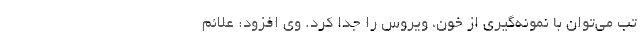
تب می‌توان با نمونه‌گیری از خون، ویروس را جدا کرد. وی افزود: علائم